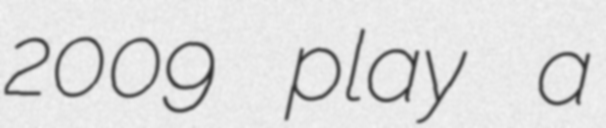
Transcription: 2009 play a